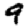
Digit: 9